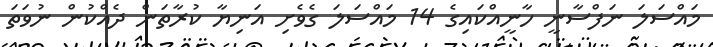
މައްސަލަ ނަފްސާނީ ހާނީއްކައިގެ 14 މައްސަލަ ގެވެށި އަނިޔާ ކުރާތަން ދެއްކުން ނުވަތަ